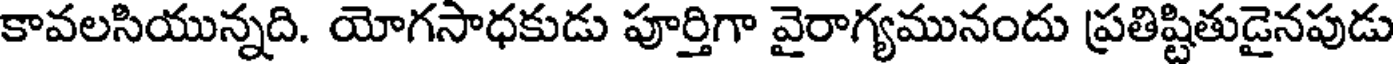
కావలసియున్నది. యోగసాధకుడు పూర్తిగా వైరాగ్యమునందు ప్రతిష్టితుడైనపుడు